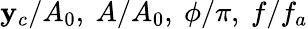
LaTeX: \mathbf{y}_{c}/A_{0},~A/A_{0},~\phi/\pi,~f/f_{a}